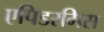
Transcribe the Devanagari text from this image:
एपिडरमिस